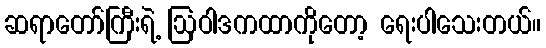
ဆရာတော်ကြီးရဲ့ ဩဝါဒကထာကိုတော့ ရေးပါသေးတယ်။